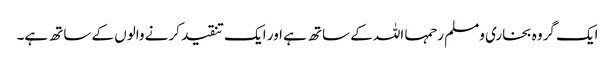
ایک گروہ بخاری ومسلم رحمہا اللہ کے ساتھ ہے اور ایک تنقید کرنے والوں کے ساتھ ہے۔